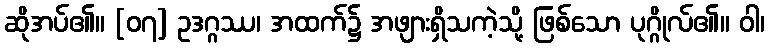
ဆိုအပ်၏။ [၀၇] ဥဒဂ္ဂဿ၊ အထက်၌ အဖျားရှိသကဲ့သို့ ဖြစ်သော ပုဂ္ဂိုလ်၏။ ဝါ၊